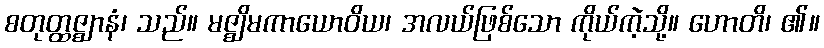
စတုတ္ထဇ္ဈာနံ၊ သည်။ မဇ္ဈိမကာယောဝိယ၊ အလယ်ဖြစ်သော ကိုယ်ကဲ့သို့။ ဟောတိ၊ ၏။